Civil Veterinary Dept. Assam report 1911-1927 - 1911-1927
Year: 1911
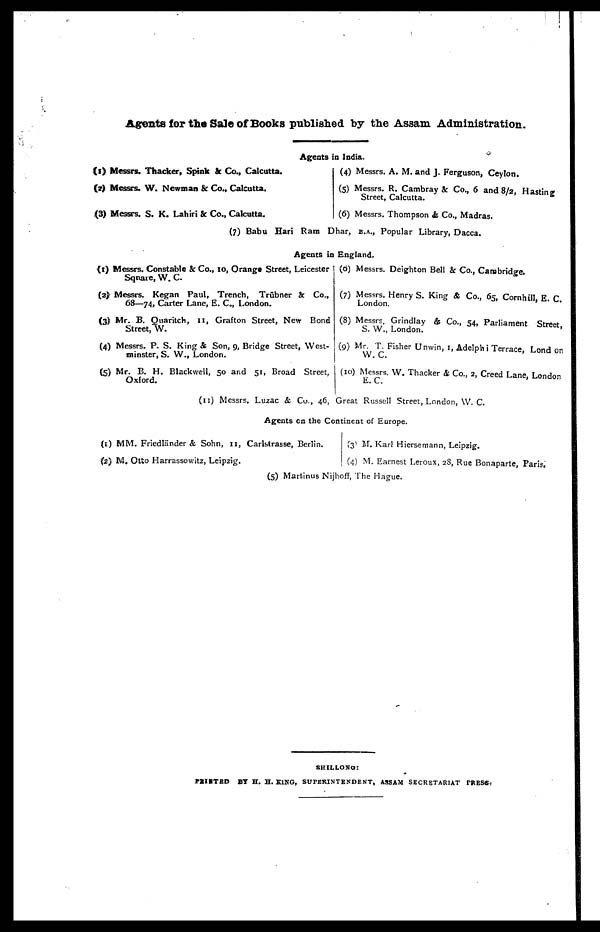
Agents for the Sale of Books published by the Assam Administration.
Agents in India.
(1) Messrs. Thacker, Spink & Co., Calcutta.
(2) Messrs. W. Newman & Co., Calcutta.
(3) Messrs. S. K. Lahiri & Co., Calcutta.
(4) Messrs. A. M. and J. Ferguson, Ceylon.
(5) Messrs. R. Cambray & Co., 6 and 8/2, Hastin
Street, Calcutta.
(6) Messrs. Thompson & Co., Madras.
(7) Babu Hari Ram Dhar, B.A., Popular Library, Dacca.
Agents in England.
(1) Messrs. Constable & Co., 10, Orange Street, Leicester
Sqnate, W. C.
(2) Messrs. Kegan Paul, Trench, Trubner & Co.,
68—74, Carter Lane, E. C, London.
(3) Mr. B. Ouaritch, 11, Grafton Street, New Bond
Street, w.
(4) Messrs. P. S. King & Son, 9, Bridge Street, West-
minster, S. W., London.
(5) Mr. B. H. Blackwell, 50 and 51, Broad Street,
Oxford.
(6) Messrs. Deighton Bell & Co., Canjbridge.
(7) Messrs. Henry S. King & Co., 65, Cornhill, E. C.
London.
(8) Messrs. Grindlay & Co., 54, Parliament Street,
S. W., London.
(9) Mr. T. Fisher Umvin, 1, Adelphi Terrace, Lond on
w. C.
(10) Messrs. w. Thacker & Co., 2, Creed Lane. London
E. C.
(11) Messrs. Luzac & Co., 46, Great Russell Street, London, W. C.
Agents on the Continent of Europe.
(1) MM. Friedliinder & Sohn, 11, Carlstrasse, Berlin.
(2) M. Otto Harrassowitz, Leipzig.
(3) M. Karl Hiersemann, Leipzig.
(4) M. Earnest Leroux, 2S, Rue Bonaparte, Paris.
(5) Martinus Nijhoff, 1 he Hague.
SHILLOKG:
PRINTED
BY H. H. KING, SUPERINTENDENT, ASSAM SECRETARIAT PRESS.